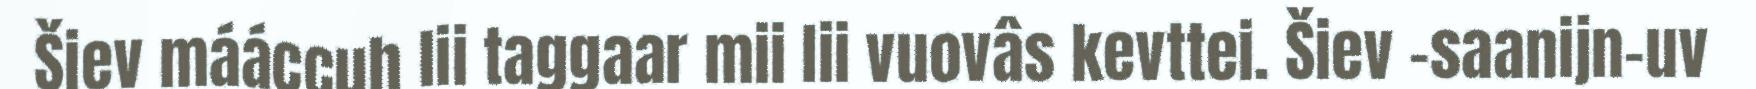
Šiev mááccuh lii taggaar mii lii vuovâs kevttei. Šiev -saanijn-uv